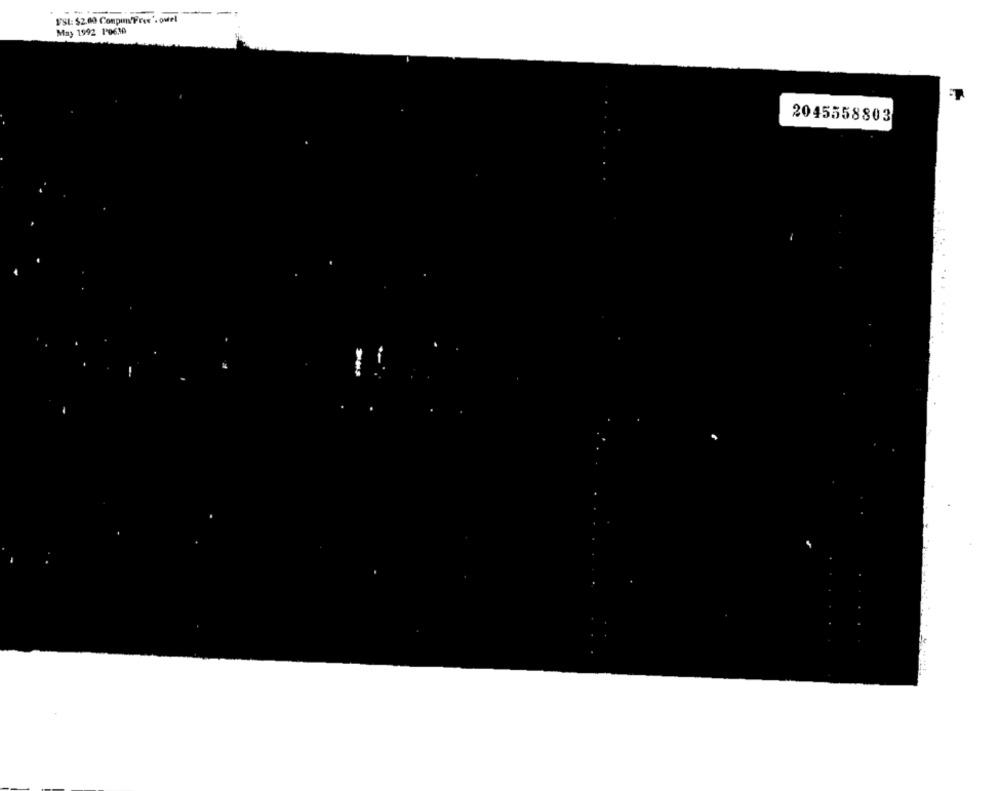
VSL: $2.00 Conpo'Free'. ovel
May 1992 1'0630
2045558803